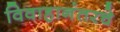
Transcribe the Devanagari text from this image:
विवाहानंतरचे